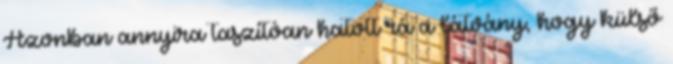
Azonban annyira taszítóan hatott rá a látvány, hogy külső